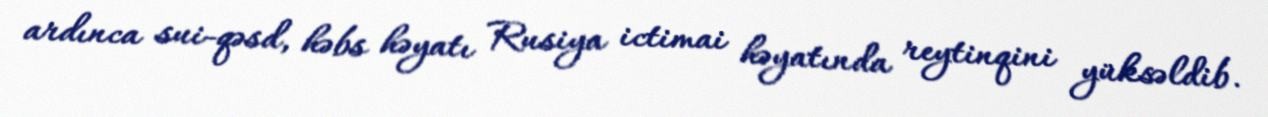
ardınca sui-qəsd, həbs həyatı Rusiya ictimai həyatında reytinqini yüksəldib.